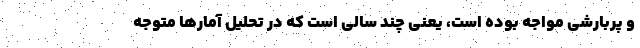
و پربارشی مواجه بوده است، یعنی چند سالی است که در تحلیل آمارها متوجه